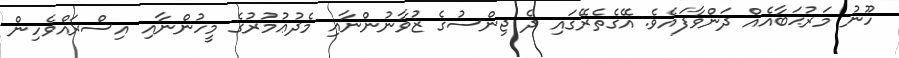
ހޫނު މަރުޙަބާއެއް ދަންވާފައެވެ. އޭގެތެރޭގައި ދެ ޖިންސުގެ ޒުވާނުންނާއި މެދުޢުމުރުގެ މީހުންނާއި އިސްރައްވެހިން